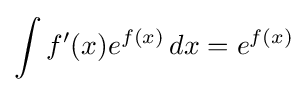
\int f'(x)e^{f(x)}\,dx=e^{f(x)}